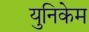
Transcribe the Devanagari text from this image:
युनिकेम